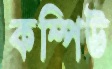
কম্পিউ